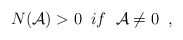
\begin{align*}N({\cal A})>0 \; \; if \; \; {\cal A} \neq 0 \; \; ,\end{align*}